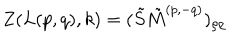
Z ( L ( p , q ) , k ) = ( \tilde { S } \tilde { M } ^ { ( p , - q ) } ) _ { \rho \rho }